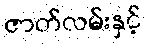
ဇာတ်လမ်းနှင့်